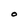
Character: o